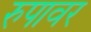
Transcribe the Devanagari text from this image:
रुपावर